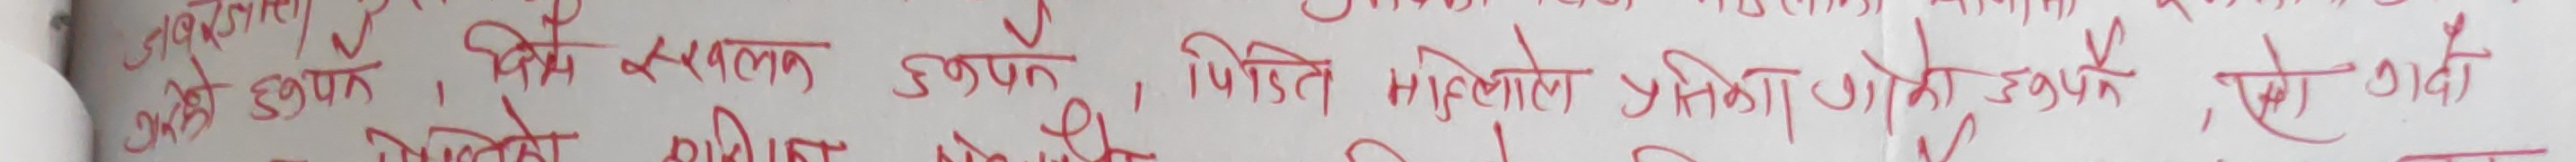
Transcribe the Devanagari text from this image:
जबकी ठीक स्खलन हुनुपर्ने पीडित मुलुकको प्रतिक्रियाको उत्पन्न रहेको गर्दा